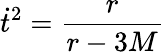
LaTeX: {\dot{t}}^{2}={\frac{r}{r-3M}}